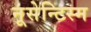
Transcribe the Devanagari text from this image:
नूसेन्टिस्म